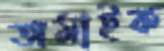
অমাইক